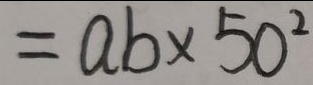
= a b \times 5 0 ^ { 2 }